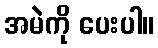
အမဲကို ပေးပါ။